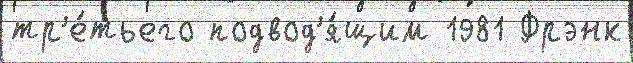
тр'е́тьего подвод'я́щим 1981 Фрэнк